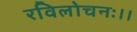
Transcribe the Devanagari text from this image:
रविलोचनः।।